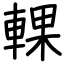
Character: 輠